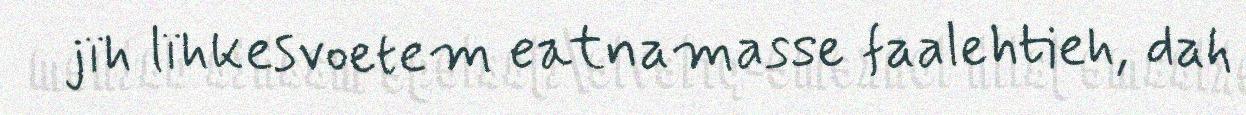
jïh lïhkesvoetem eatnamasse faalehtieh, dah